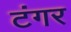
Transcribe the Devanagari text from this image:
टंगर